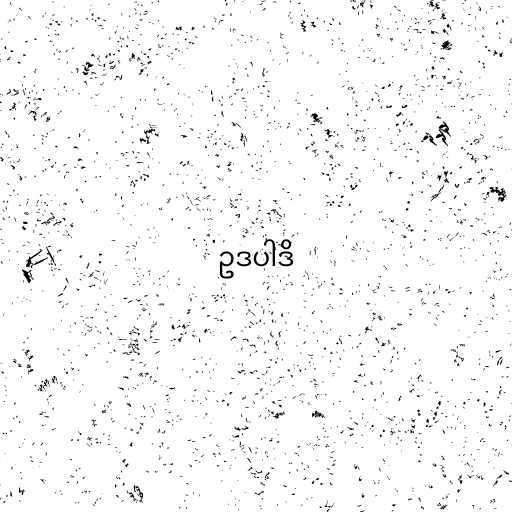
ဥဒပါဒိ